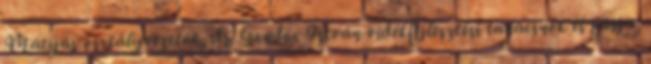
Mátyás osztályvezetõk, dr. Gondos István vidékfejlesztési tanácsnok és párja,